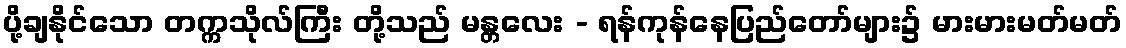
ပို့ချနိုင်သော တက္ကသိုလ်ကြီး တို့သည် မန္တလေး - ရန်ကုန်နေပြည်တော်များ၌ မားမားမတ်မတ်